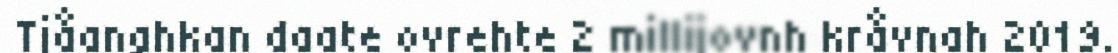
Tjåanghkan daate ovrehte 2 millijovnh kråvnah 2019.